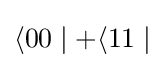
\langle 00\mid +\langle 11\mid